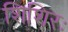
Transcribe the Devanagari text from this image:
शिशिरः